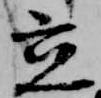
立